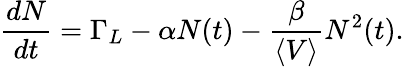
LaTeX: \frac{dN}{dt}=\Gamma_{L}-\alpha N(t)-\frac{\beta}{\left\langle V\right\rangle}N^{2}(t).